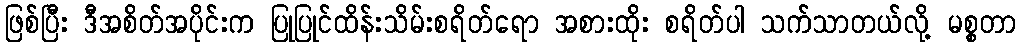
ဖြစ်ပြီး ဒီအစိတ်အပိုင်းက ပြုပြုင်ထိန်းသိမ်းစရိတ်ရော အစားထိုး စရိတ်ပါ သက်သာတယ်လို့ မစ္စတာ